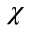
\chi